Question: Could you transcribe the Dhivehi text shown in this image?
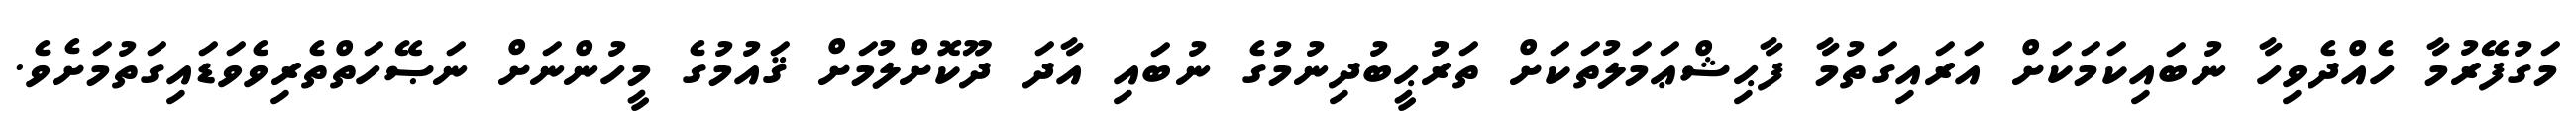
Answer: މަގުފޭރުމާ ހެއްދެވިހާ ނުބައިކަމަކަށް އަރައިގަތުމާ ފާޙިޝްޢަމަލުތަކަށް ތަރުޙީބުދިނުމުގެ ނުބައި އާދަ ދޫކޮށްލުމަށް ޤައުމުގެ މީހުންނަށް ނަޞޭހަތްތެރިވެވަޑައިގަތުމަށެވެ.